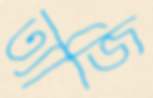
ত্যাজি